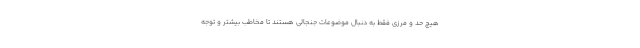
هیچ حد و مرزی فقط به دنبال موضوعات جنجالی هستند تا مخاطب بیشتر و توجه